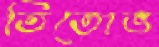
তিতোভ